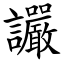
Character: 讝